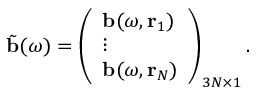
\tilde { \mathbf { b } } ( \omega ) = \left( \begin{array} { l } { \mathbf { b } ( \omega , \mathbf { r } _ { 1 } ) } \\ { \vdots } \\ { \mathbf { b } ( \omega , \mathbf { r } _ { N } ) } \end{array} \right) _ { 3 N \times 1 } .